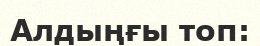
Алдыңғы топ: